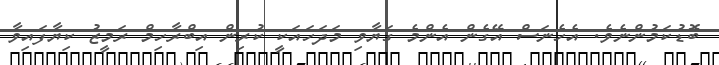
ބޮޑުކަމުންނެވެ. އެހެނަސް އޭގެން އެންމެ ގަޔާވި މަދަހައަކީ ކުރިން އިބްރާހިމް ރަމީޒު ކިޔާފައިވާ